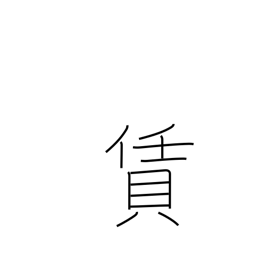
Meaning: fee